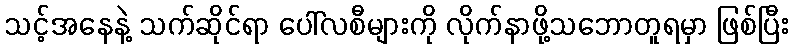
သင့်အနေနဲ့ သက်ဆိုင်ရာ ပေါ်လစီများကို လိုက်နာဖို့သဘောတူရမှာ ဖြစ်ပြီး